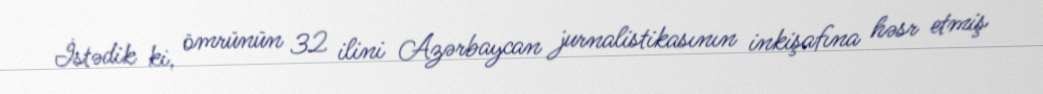
İstədik ki, ömrünün 32 ilini Azərbaycan jurnalistikasının inkişafına həsr etmiş